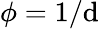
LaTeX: \phi=1/\mathrm{d}